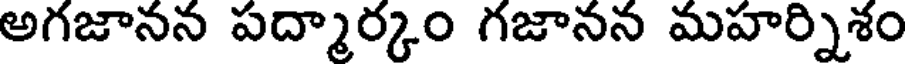
అగజానన పద్మార్కం గజానన మహర్నిశం